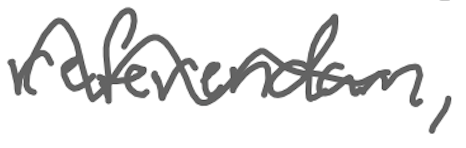
Text: referendum,
Cross-out: wave
Writing tool: digital_gray